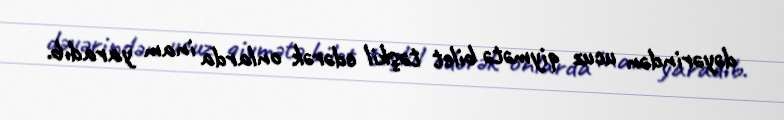
dəyərindən ucuz qiymətə bilet təşkil edərək onlarda inam yaradıb.